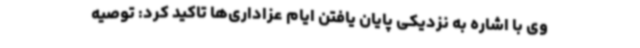
وی با اشاره به نزدیکی پایان یافتن ایام عزاداری‌ها تاکید کرد: توصیه